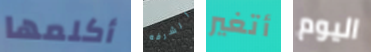
أكلمها الشرفه أتغير اليوم